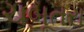
ચબૂતરા